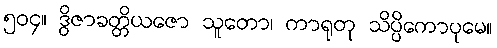
၅၀၄။ ဒွိဇာခတ္တိယဇော သူတော၊ ကာရုတု သိပ္ပိကောပုမေ။